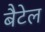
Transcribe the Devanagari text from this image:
बैटेल